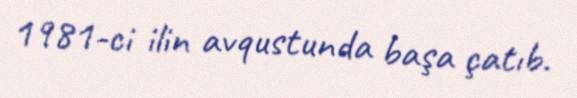
1981-ci ilin avqustunda başa çatıb.